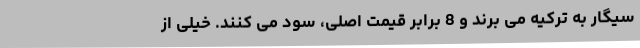
سیگار به ترکیه می برند و 8 برابر قیمت اصلی، سود می کنند. خیلی از